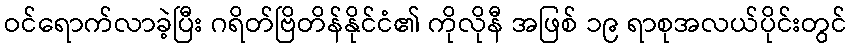
ဝင်ရောက်လာခဲ့ပြီး ဂရိတ်ဗြိတိန်နိုင်ငံ၏ ကိုလိုနီ အဖြစ် ၁၉ ရာစုအလယ်ပိုင်းတွင်